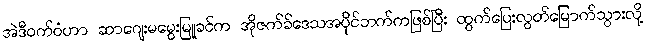
အဲဒီဝက်ဝံဟာ ဆာဂျေးမမွေးမြူခင်က အိုဇက်ခ်ဒေသအပိုင်ဘက်ကဖြစ်ပြီး ထွက်ပြေးလွတ်မြောက်သွားလို့